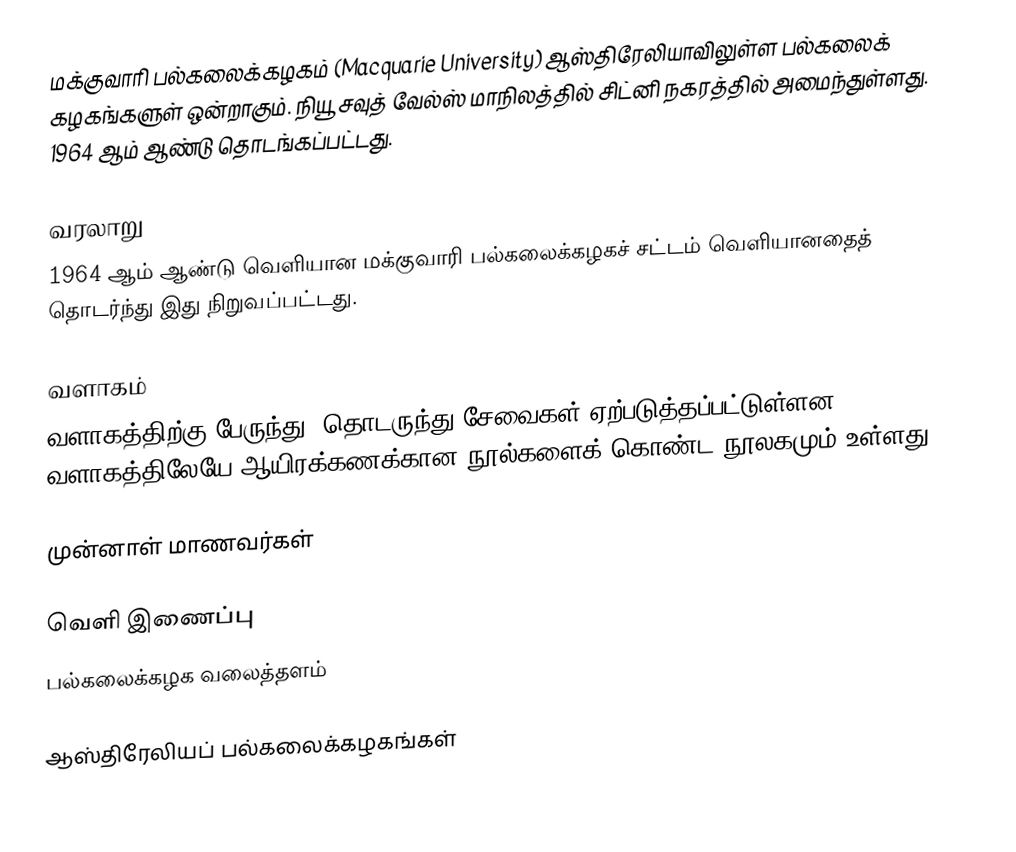
மக்குவாரி பல்கலைக்கழகம் (Macquarie University) ஆஸ்திரேலியாவிலுள்ள பல்கலைக் கழகங்களுள் ஒன்றாகும். நியூ சவுத் வேல்ஸ் மாநிலத்தில் சிட்னி நகரத்தில் அமைந்துள்ளது. 1964 ஆம் ஆண்டு தொடங்கப்பட்டது.

வரலாறு
1964 ஆம் ஆண்டு வெளியான மக்குவாரி பல்கலைக்கழகச் சட்டம் வெளியானதைத் தொடர்ந்து இது நிறுவப்பட்டது.

வளாகம்
வளாகத்திற்கு பேருந்து, தொடருந்து சேவைகள் ஏற்படுத்தப்பட்டுள்ளன. வளாகத்திலேயே ஆயிரக்கணக்கான நூல்களைக் கொண்ட நூலகமும் உள்ளது.

முன்னாள் மாணவர்கள்

வெளி இணைப்பு
 பல்கலைக்கழக வலைத்தளம்

ஆஸ்திரேலியப் பல்கலைக்கழகங்கள்